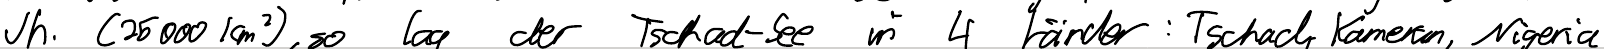
Jh. (25000km^2), so lag der Tschad-See in 4 Länder: Tschad, Kamerun, Nigeria